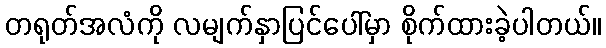
တရုတ်အလံကို လမျက်နှာပြင်ပေါ်မှာ စိုက်ထားခဲ့ပါတယ်။